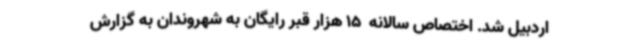
اردبیل شد. اختصاص سالانه  15 هزار قبر رایگان به شهروندان به گزارش